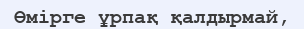
Өмірге ұрпақ қалдырмай,